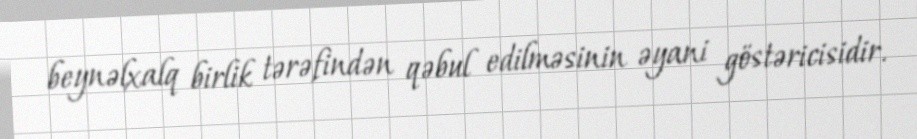
beynəlxalq birlik tərəfindən qəbul edilməsinin əyani göstəricisidir.